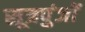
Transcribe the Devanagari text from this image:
सूत्रपुंजों